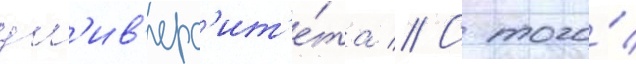
ун'ив'ерс'ит'е́та // С того́